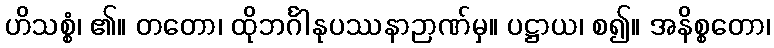
ဟိသစ္စံ၊ ၏။ တတော၊ ထိုဘင်္ဂါနုပဿနာဉာဏ်မှ။ ပဋ္ဌာယ၊ စ၍။ အနိစ္စတော၊